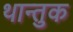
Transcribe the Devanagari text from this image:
थान्तुक